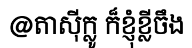
@តាស៊ីក្លូ ក៏ខ្ញុំខ្លីចឹង